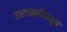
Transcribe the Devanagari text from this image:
सल्तनतीपासून